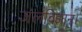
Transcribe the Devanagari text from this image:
जलविज्ञान।